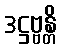
ဒဋ္ဌဗ္ဗန္တိ